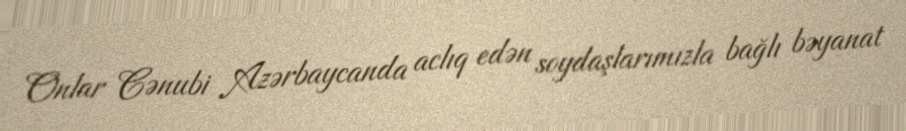
Onlar Cənubi Azərbaycanda aclıq edən soydaşlarımızla bağlı bəyanat